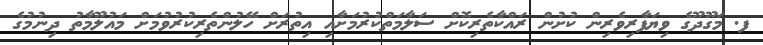
ފ. މަގޫދޫގެ ވިޔަފާރިވެރިން ކުށުން ރައްކާތެރިކޮށް ސަލާމަތްކުރުމަށާއި އިތުރަށް ހޭލުންތެރިކުރުވުމަށް މައުލޫމާތު ދިނުމުގެ